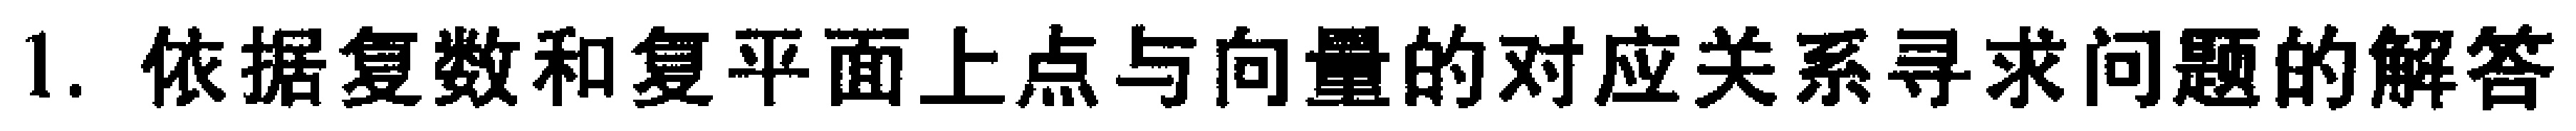
1. 依据复数和复平面上点与向量的对应关系寻求问题的解答